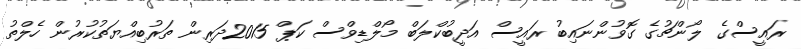
ރައީސްގެ ލޯންޗުގެ ގޮވުންނައިބު ރައީސް އަދީބުކްލަބް މޯލްޑިވްސް ކަޕް 2015ދަރިން ތަރުބިއްޔަތުކުރުން ހެލްތު